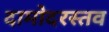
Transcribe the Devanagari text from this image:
दामोदरस्तव